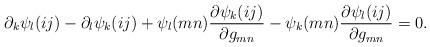
LaTeX: \begin{align*}\partial_k\psi_l(ij)-\partial_l\psi_k(ij)+\psi_l(mn)\frac{\partial \psi_k(ij)}{\partial g_{mn}}-\psi_k(mn)\frac{\partial \psi_l(ij)}{\partial g_{mn}}=0.\end{align*}